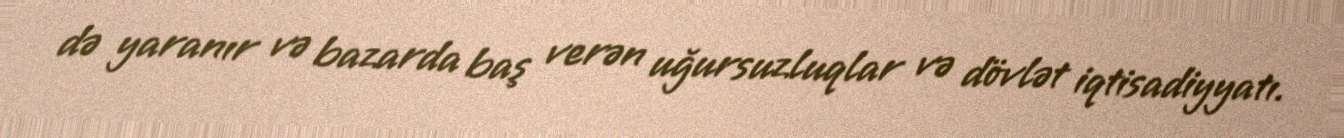
də yaranır və bazarda baş verən uğursuzluqlar və dövlət iqtisadiyyatı.